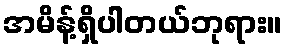
အမိန့်ရှိပါတယ်ဘုရား။